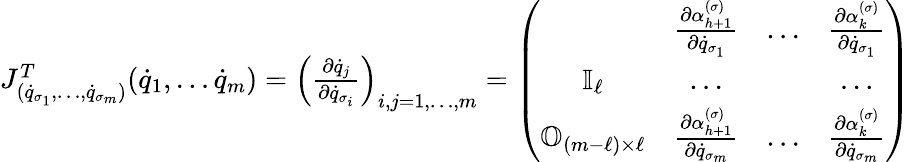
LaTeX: \begin{array}{l}{J_{({\dot{q}}_{\sigma_{1}},\dots,{\dot{q}}_{\sigma_{m}})}^{T}({\dot{q}}_{1},\dots{\dot{q}}_{m})=\left(\frac{\partial{\dot{q}}_{j}}{\partial{\dot{q}}_{\sigma_{i}}}\right)_{i,j=1,\dots,m}=\left(\begin{array}{cccc}&{\frac{\partial\alpha_{h+1}^{(\sigma)}}{\partial{\dot{q}}_{\sigma_{1}}}}&{\dots}&{\frac{\partial\alpha_{k}^{(\sigma)}}{\partial{\dot{q}}_{\sigma_{1}}}}\\ {{\mathbb I}_{\ell}}&{\dots}&&{\dots}\\ {{\mathbb O}_{(m-\ell)\times\ell}}&{\frac{\partial\alpha_{h+1}^{(\sigma)}}{\partial{\dot{q}}_{\sigma_{m}}}}&{\dots}&{\frac{\partial\alpha_{k}^{(\sigma)}}{\partial{\dot{q}}_{\sigma_{m}}}}\end{array}\right)}\end{array}